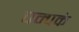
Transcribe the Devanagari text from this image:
चम्पकं